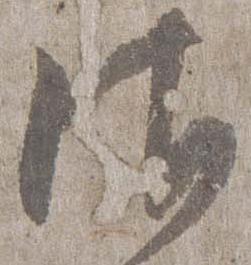
御